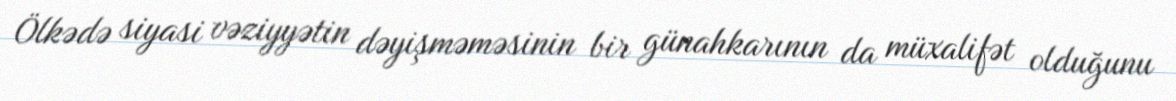
Ölkədə siyasi vəziyyətin dəyişməməsinin bir günahkarının da müxalifət olduğunu